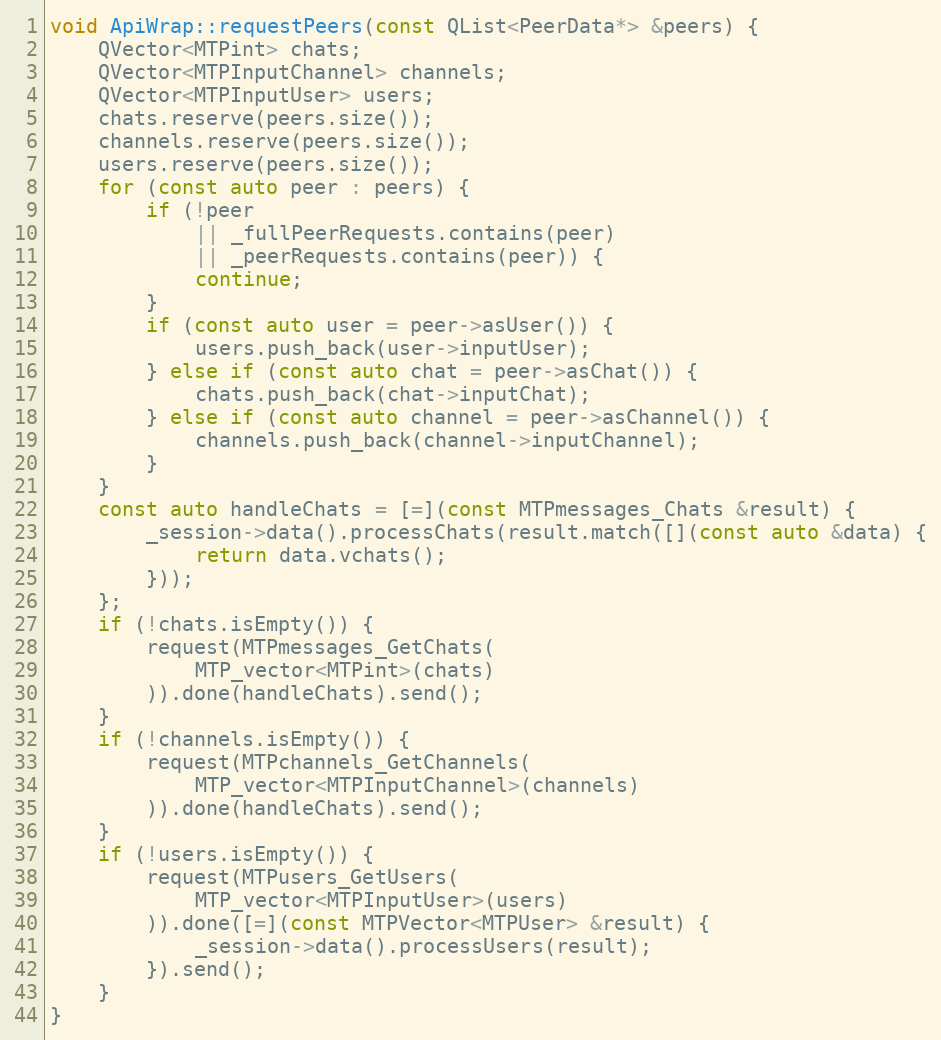
Language: C++
void ApiWrap::requestPeers(const QList<PeerData*> &peers) {
	QVector<MTPint> chats;
	QVector<MTPInputChannel> channels;
	QVector<MTPInputUser> users;
	chats.reserve(peers.size());
	channels.reserve(peers.size());
	users.reserve(peers.size());
	for (const auto peer : peers) {
		if (!peer
			|| _fullPeerRequests.contains(peer)
			|| _peerRequests.contains(peer)) {
			continue;
		}
		if (const auto user = peer->asUser()) {
			users.push_back(user->inputUser);
		} else if (const auto chat = peer->asChat()) {
			chats.push_back(chat->inputChat);
		} else if (const auto channel = peer->asChannel()) {
			channels.push_back(channel->inputChannel);
		}
	}
	const auto handleChats = [=](const MTPmessages_Chats &result) {
		_session->data().processChats(result.match([](const auto &data) {
			return data.vchats();
		}));
	};
	if (!chats.isEmpty()) {
		request(MTPmessages_GetChats(
			MTP_vector<MTPint>(chats)
		)).done(handleChats).send();
	}
	if (!channels.isEmpty()) {
		request(MTPchannels_GetChannels(
			MTP_vector<MTPInputChannel>(channels)
		)).done(handleChats).send();
	}
	if (!users.isEmpty()) {
		request(MTPusers_GetUsers(
			MTP_vector<MTPInputUser>(users)
		)).done([=](const MTPVector<MTPUser> &result) {
			_session->data().processUsers(result);
		}).send();
	}
}